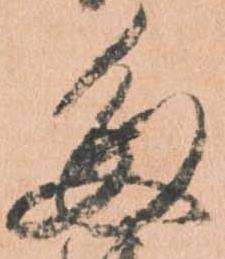
た